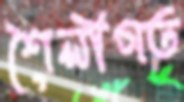
শৈলীগত